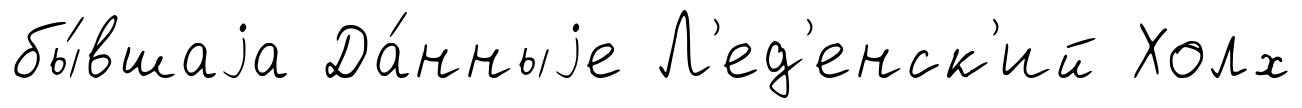
бы́вшаjа Да́нныjе Л'ед'енск'ий Холх